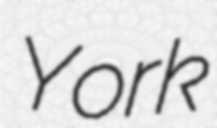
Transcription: York